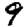
Digit: 9